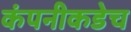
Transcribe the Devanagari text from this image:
कंपनीकडेच